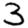
Digit: 3